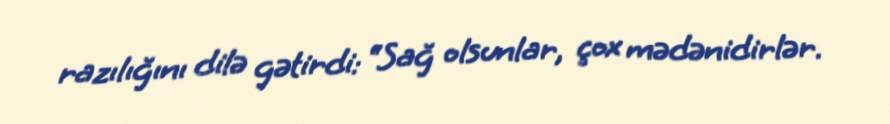
razılığını dilə gətirdi: “Sağ olsunlar, çox mədənidirlər.